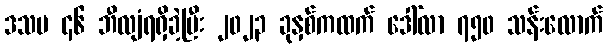
ဒသမ ၄၆ ဘီလျံရရှိခဲ့ပြီး ၂၀၂၃ ခုနှစ်ကထက် ဒေါ်လာ ၇၅၀ သန်းလောက်